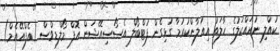
ކުއްލި ނުރައްކަލުގެ ހާލަތު އިއުލާންކުރުމާ ގުޅިގެން ފުޓްބޯލް އެސޯސިއޭޝަން އޮފް މޯލްޑިވްސް (އެފްއޭއެމް)